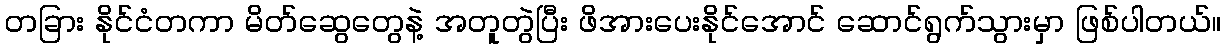
တခြား နိုင်ငံတကာ မိတ်ဆွေတွေနဲ့ အတူတွဲပြီး ဖိအားပေးနိုင်အောင် ဆောင်ရွက်သွားမှာ ဖြစ်ပါတယ်။